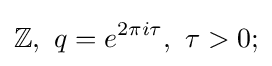
\mathbb {Z} ,{\text{ }}q=e^{2\pi i\tau },{\text{ }}\tau >0;